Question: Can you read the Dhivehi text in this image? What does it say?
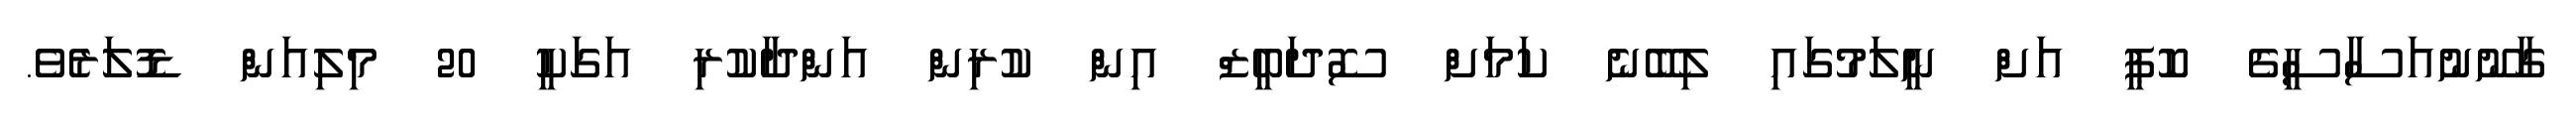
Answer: ގާނޫނުއަސާސީގެ ކޮޕީ އަށް ނީލަމުގައި ލިބޭނެ ކަމަށް ސޮދަބީޒް އިން ކުރިން އަންދާކުރި އަގަކީ 20 މިލިއަން ޑޮލަރެވެ.